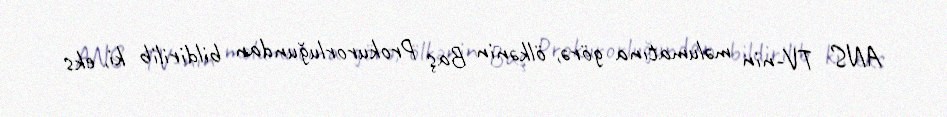
ANS TV-nin məlumatına görə, ölkənin Baş Prokurorluğundan bildirilib ki, eks